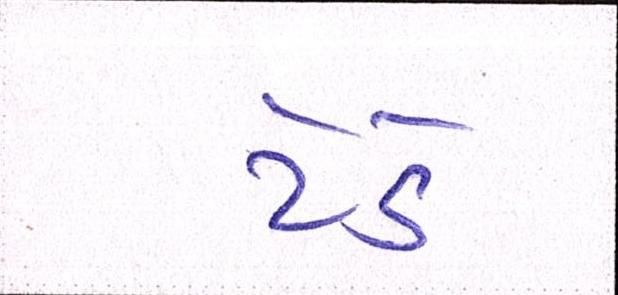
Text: ટેડે